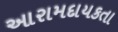
આરામદાયકતા